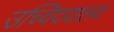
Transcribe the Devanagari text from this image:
उच्विदयालय